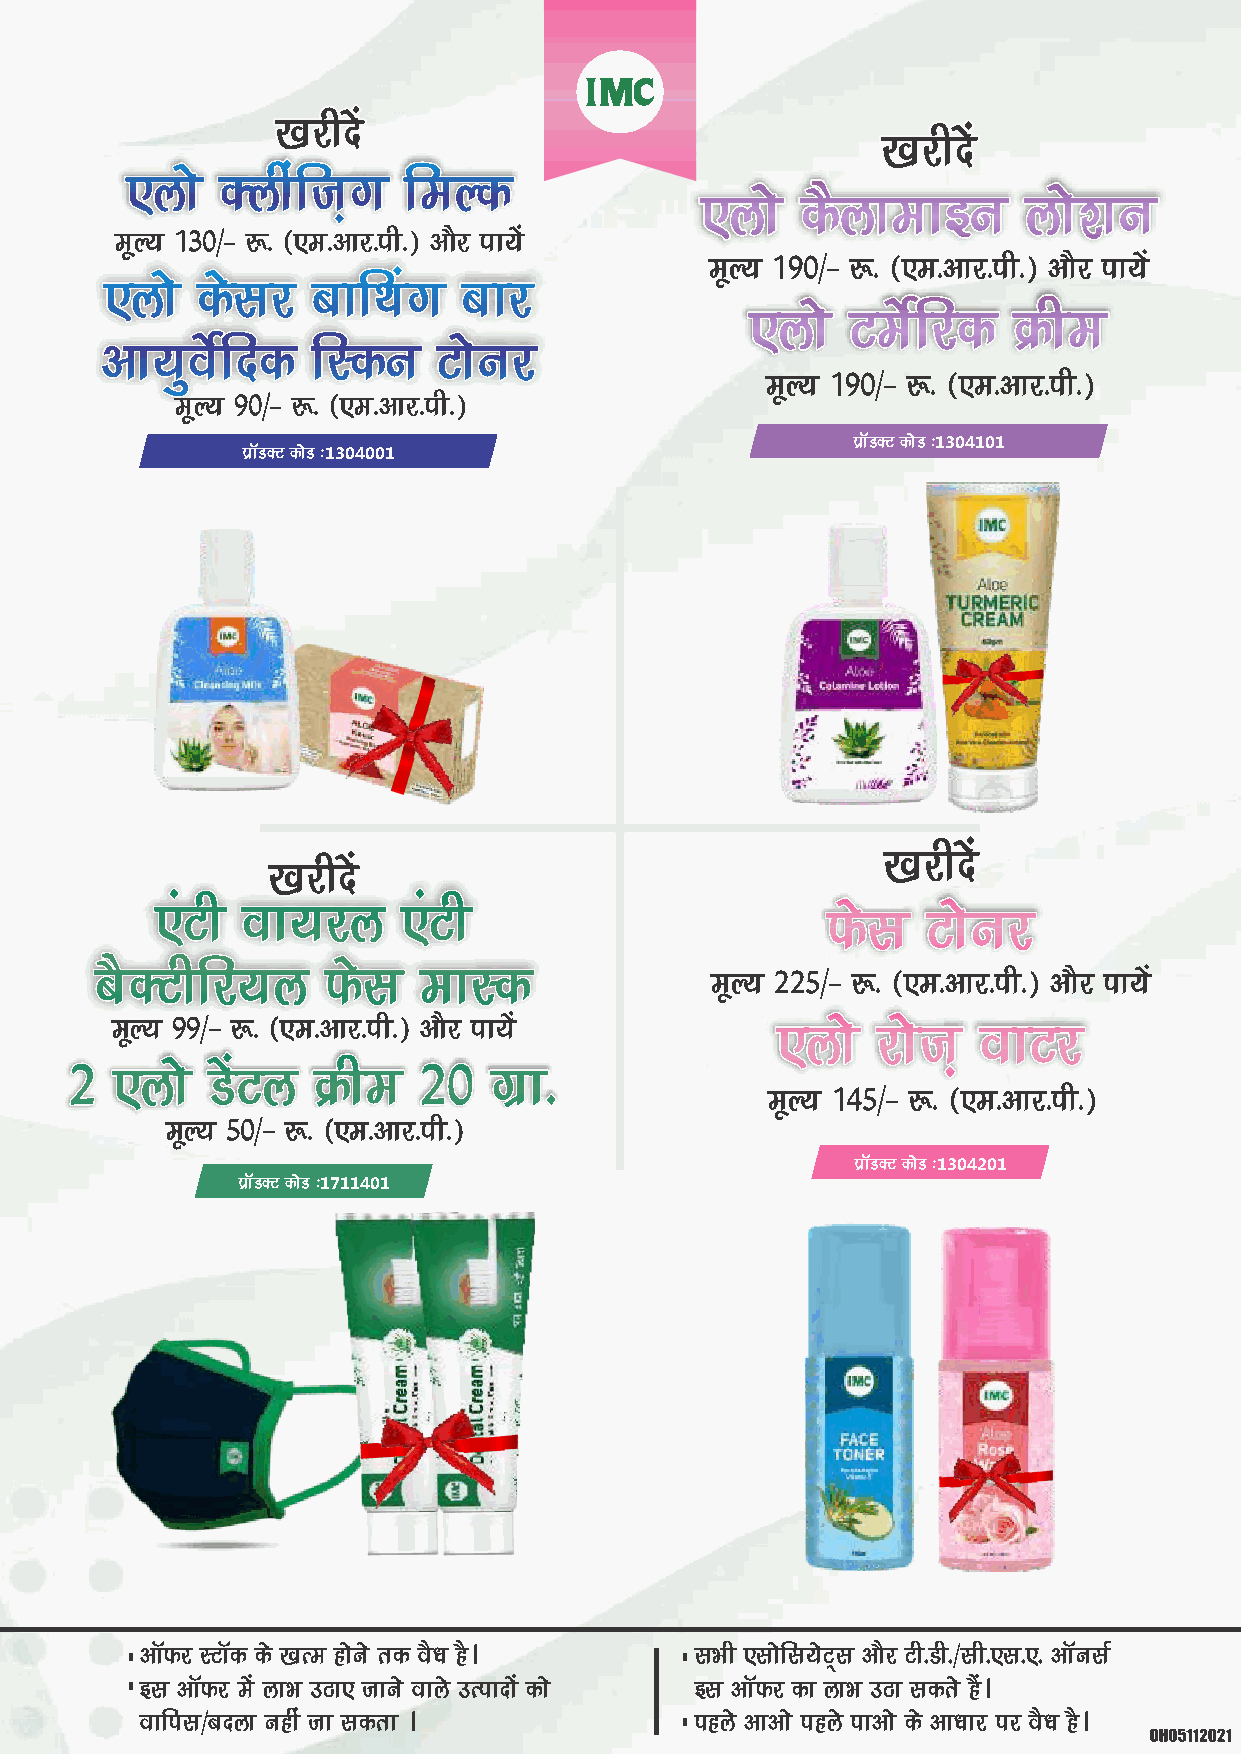
[[[kkkjjjhhhnnnsssaaa
 [[[kkkjjjhhhnnnsssaaa
 ,,,yyykkksss DDDyyyhhhaaafffttt+++xxx fffeeeYYYddd
 ,,,yyykkksss dddSSSyyykkkeeekkkbbbuuu yyykkksss’’’kkkuuu
 ewY; 130@& :- ¼,e-vkj-ih-½ vkSj ik;sa
 ewY; 190@& :- ¼,e-vkj-ih-½ vkSj ik;sa
 ,,,yyykkksss dddsssllljjj ccckkkfffFFFkkkaaaxxx ccckkkjjj
 ,,,yyykkksss VVVeeesssZZZfffjjjddd ØØØhhheee
 vvvkkk;;;qqqooosssZZZfffnnnddd fffLLLddduuu VVVkkksssuuujjj
 ewY; 190@& :- ¼,e-vkj-ih-½
 ewY; 90@& :- ¼,e-vkj-ih-½
 çkWMDV dksM %1304001
 çkWMDV dksM %1304101
 [[[kkkjjjhhhnnnsssaaa
 [[[kkkjjjhhhnnnsssaaa
 ,,,aaaVVVhhh oookkk;;;jjjyyy ,,,aaaVVVhhh    QQQssslll VVVkkksssuuujjj
 cccSSSDDDVVVhhhfffjjj;;;yyy QQQssslll eeekkkLLLddd
 ewY; 225@& :- ¼,e-vkj-ih-½ vkSj ik;sa
 ewY; 99@& :- ¼,e-vkj-ih-½ vkSj ik;sa        ,,,yyykkksss jjjkkksssttt+++ oookkkVVVjjj
 222 ,,,yyykkksss MMMsssaaaVVVyyy ØØØhhheee 222000 xxxzzzkkk---
 ewY; 145@& :- ¼,e-vkj-ih-½
 ewY; 50@& :- ¼,e-vkj-ih-½
 çkWMDV dksM %1304201
 çkWMDV dksM %1711401
 vkWQj LVkWd ds [kRe gksus rd oS/k gSA lHkh ,lksfl;sV~l vkSj Vh-Mh-@lh-,l-,- vkWulZ
 bl vkWQj esa ykHk mBk, tkus okys mRiknksa dks bl vkWQj dk ykHk mBk ldrs gSaA
 okfil@cnyk ugha tk ldrk A            igys vkvks igys ikvks ds vk/kkj ij oS/k gSA